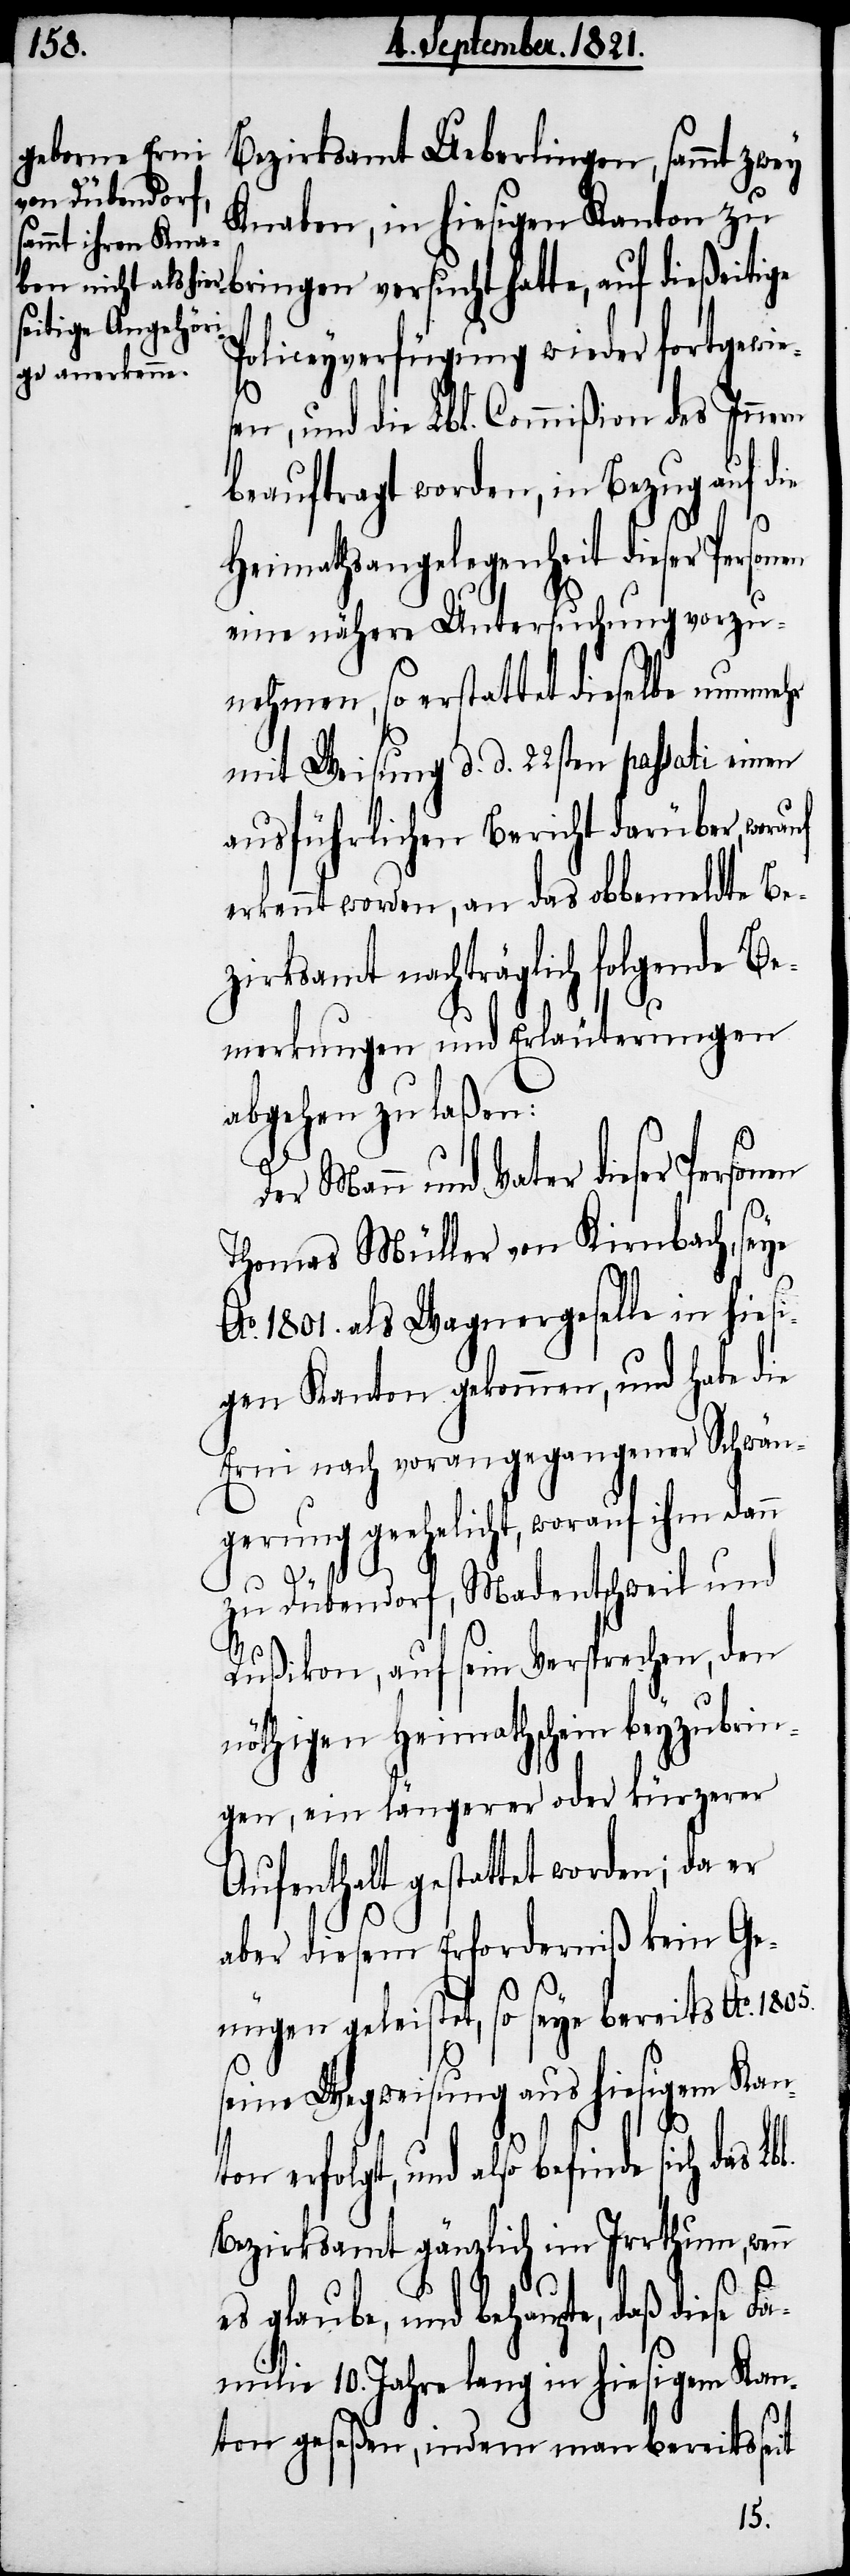
Bezirksamt Ueberlingen, sammt zwey
Knaben, in hiesigen Kanton zu
Policeyverfügung wieder fortgewie¬
sen, und die Lbl. Commißion des Innern
beauftragt worden, in Bezug auf die
en
Heimathsangelegenheit dieser
eine nähere Untersuchung vorzu¬
nehmen, so erstattet dieselbe nunmehr
mit Weisung d. d. 22sten passati einen
ausführlichen Bericht darüber,
erkennt worden, an das obbemeldte Be¬
zirksamt nachträglich folgende Be¬
merkungen und Erläuterungen
abgehen zu laßen:
er Mann und Vater dieser Person¬
Thomas Müller von Kienbach, seye
o. 1801. als Wagnergeselle in hies¬
igen Kanton gekommen, und habe die
Erni nach vorangegangener Schwän¬
gerung geehelicht, worauf ihm dann
zu Dübendorf, Madentschweil und
A¬
Rußikon, auf sein Versprechen, den
nöthigen Heimathschein beyzubrin¬
gen, ein längerer oder kürzerer
Aufenthalt gestattet worden; da er
aber diesem Erforderniß kein Ge¬
nügen geleistet, so seye bereits Ao. 1805.
seine Wegweisung aus hiesigem Kan¬
ton erfolgt, und also befinde sich das
Bezirksamt gänzlich im Irrthum, wenn
es glaube, und behaupte, daß
Familie 10. Jahre lang in hiesigem Kan¬
ton geseßen, indem man bereits seit